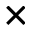
\times